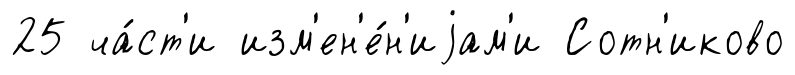
25 ча́ст'и изм'ен'е́н'иjам'и Сотн'иково